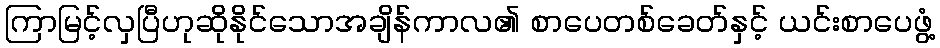
ကြာမြင့်လှပြီဟုဆိုနိုင်သောအချိန်ကာလ၏ စာပေတစ်ခေတ်နှင့် ယင်းစာပေဖွံ့